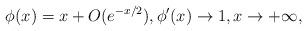
LaTeX: \begin{align*}\phi(x)=x+O(e^{-x/2}),\phi^\prime(x)\to 1,x\to+\infty,\end{align*}